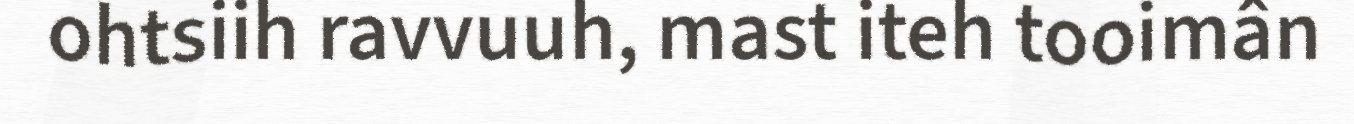
ohtsiih ravvuuh, mast iteh tooimân